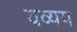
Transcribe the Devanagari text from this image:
वव्यय